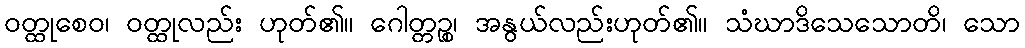
ဝတ္ထုစေဝ၊ ဝတ္ထုလည်း ဟုတ်၏။ ဂေါတ္တဉ္စ၊ အနွယ်လည်းဟုတ်၏။ သံဃာဒိသေသောတိ၊ သော